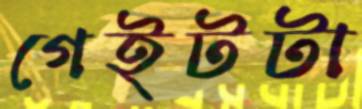
গেইটটা